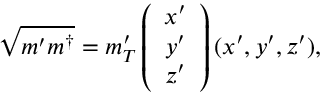
\sqrt { m ^ { \prime } m ^ { \dagger } } = m _ { T } ^ { \prime } \left( \begin{array} { c } { { x ^ { \prime } } } \\ { { y ^ { \prime } } } \\ { { z ^ { \prime } } } \end{array} \right) ( x ^ { \prime } , y ^ { \prime } , z ^ { \prime } ) ,